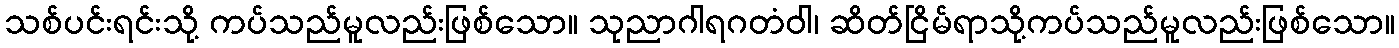
သစ်ပင်းရင်းသို့ ကပ်သည်မူလည်းဖြစ်သော။ သုညာဂါရဂတံဝါ၊ ဆိတ်ငြိမ်ရာသို့ကပ်သည်မူလည်းဖြစ်သော။